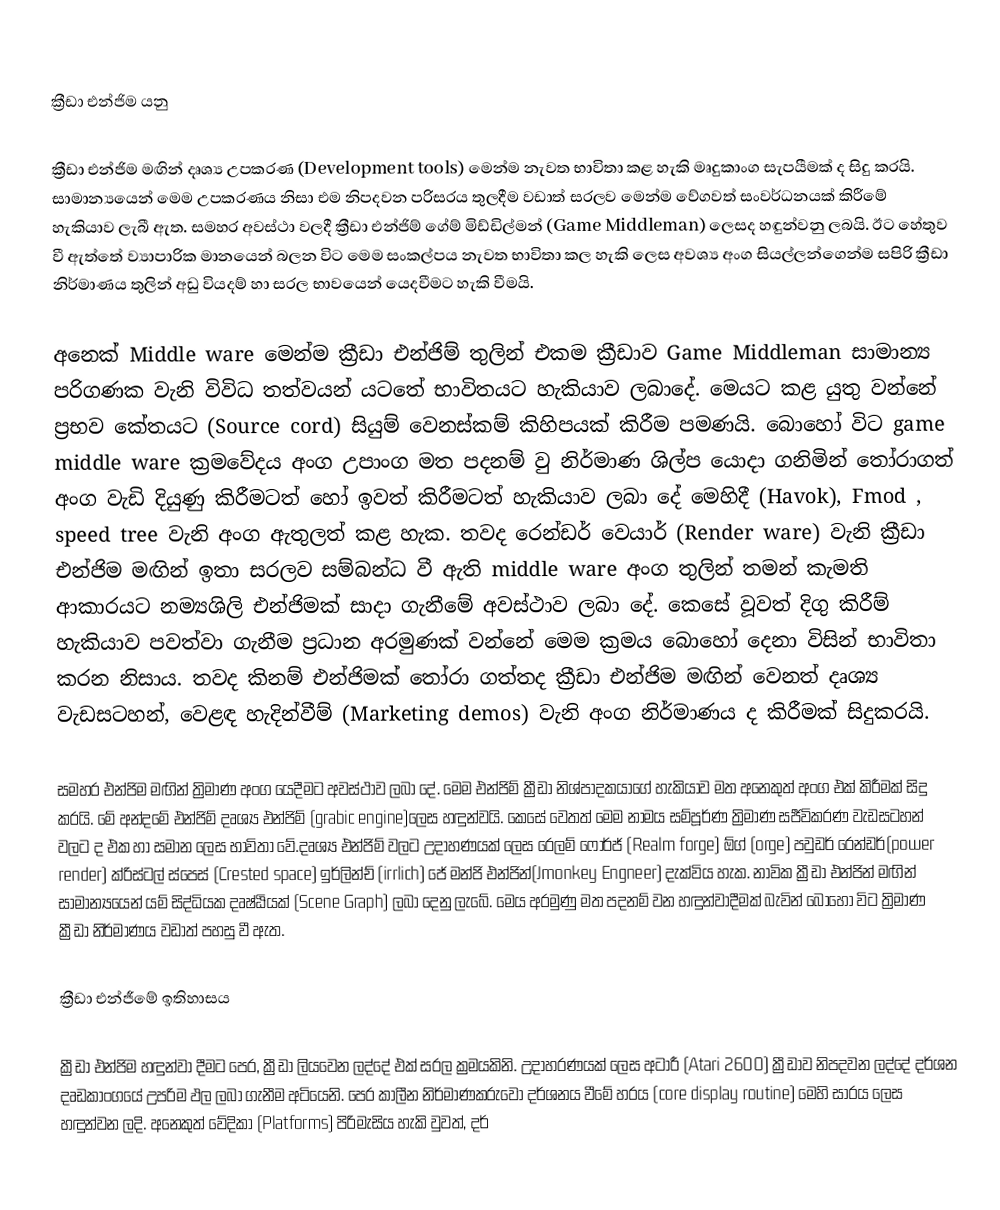

ක්‍රීඩා එන්ජිම යනු

ක්‍රීඩා එන්ජිම මඟින් දෘශ්‍ය උපකරණ (Development tools) මෙන්ම නැවත භාවිතා කළ හැකි මෘදුකාංග සැපයීමක් ද සිදු කරයි. සාමාන්‍යයෙන් මෙම උපකරණය නිසා එම නිපදවන පරිසරය තුලදීම වඩාත් සරලව මෙන්ම වේගවත් සංවර්ධනයක් කිරීමේ හැකියාව ලැබී ඇත. සමහර අවස්ථා වලදී ක්‍රීඩා එන්ජිම් ගේම් මිඩ්ඩිල්මන් (Game Middleman) ලෙසද හඳුන්වනු ලබයි. ඊට හේතුව වී ඇත්තේ ව්‍යාපාරික මානයෙන් බලන විට මෙම සංකල්පය නැවත භාවිතා කල හැකි ලෙස අවශ්‍ය අංග සියල්ලන්ගෙන්ම සපිරි ක්‍රීඩා නිර්මාණය තුලින් අඩු වියදම් හා සරල භාවයෙන් යෙදවීමට හැකි වීමයි.

අනෙක් Middle ware මෙන්ම ක්‍රීඩා එන්ජිම් තුලින් එකම ක්‍රීඩාව  Game Middleman සාමාන්‍ය පරිගණක වැනි විවිධ තත්වයන් යටතේ භාවිතයට හැකියාව ලබාදේ. මෙයට කළ යුතු වන්නේ ප්‍රභව කේතයට (Source cord) සියුම් වෙනස්කම් කිහිපයක් කිරීම පමණයි. බොහෝ විට  game middle ware ක්‍රමවේදය අංග උපාංග මත පදනම් වු නිර්මාණ ශිල්ප යොදා ගනිමින් තෝරාගත් අංග වැඩි දියුණු කිරීමටත් හෝ ඉවත් කිරීමටත් හැකියාව ලබා දේ මෙහිදී (Havok), Fmod , speed tree වැනි අංග ඇතුලත් කළ හැක. තවද රෙන්ඩර් වෙයාර් (Render ware)  වැනි ක්‍රීඩා එන්ජිම මඟින් ඉතා සරලව සම්බන්ධ වී ඇති middle ware අංග තුලින් තමන් කැමති ආකාරයට නම්‍යශිලි එන්ජිමක් ‍සාදා ගැනීමේ අවස්ථාව ලබා දේ. කෙසේ වූවත් දිගු කිරීම් හැකියාව පවත්වා ගැනීම ප්‍රධාන අරමුණක් වන්නේ මෙම ක්‍රමය බොහෝ දෙනා විසින් භාවිතා කරන නිසාය. තවද කිනම් එන්ජිමක් තෝරා ගත්තද ක්‍රීඩා එන්ජිම මඟින් වෙනත් දෘශ්‍ය වැඩසටහන්, වෙළඳ හැදින්වීම් (Marketing demos)  වැනි අංග නිර්මාණය ද කිරීමක් සිදුකරයි.

සමහර එන්ජිම මඟින් ත්‍රිමාණ අංග යෙදීමට අවස්ථාව ලබා දේ. මෙම එන්ජිම් ක්‍රීඩා නිශ්පාදකයාගේ හැකියාව මත අනෙකුත් අංග එක් කිරීමක් සිදු කරයි. මේ අන්දමේ එන්ජිම් දෘශ්‍ය එන්ජිම් (grabic engine)‍ලෙස හඳුන්වයි. කෙසේ වෙතත් මෙම නාමය සම්පූර්ණ ත්‍රිමාණ සජීවිකරණ වැඩසටහන් වලට ද එක හා සමාන ලෙස භාවිතා වේ.දෘශ්‍ය එන්ජිම් වලට උදාහණයක් ලෙස රෙලම් ෆෝර්ජ් (Realm forge) ඕග් (orge) ‍පවුඩර් රෙන්ඩර්(power render) ක්රිස්ටල් ස්පෙස් (Crested space) ඉර්ලින්ච් (irrlich) ජේ මන්ජි එන්ජින්(Jmonkey Engneer) දැක්විය හැක. නාවික ක්‍රීඩා එන්ජින් මඟින් සාමාන්‍යයෙන් යම් සිද්ධියක දෘෂ්ඨියක් (Scene Graph) ලබා දෙනු ලැබේ. මෙය අරමුණු මත පදනම් වන හඳුන්වාදීමක් බැවින් බොහෝ විට ත්‍රිමාණ ක්‍රීඩා නිර්මාණය වඩාත් පහසු වී  ඇත.

ක්‍රීඩා එන්ජීමේ ඉතිහාසය

ක්‍රීඩා එන්ජිම හඳුන්වා දීමට පෙර, ක්‍රීඩා ලියවෙන ලද්දේ එක් සරල ක්‍රමයකිනි. උදාහරණයක් ලෙස අටාරී  (Atari 2600) ක්‍රීඩාව නිපදවන ලද්දේ දර්ශන දෘඩකාංගයේ උපරිම ඵල ලබා ගැනීම අටියෙනි. පෙර කාලීන නිර්මාණකරුවෝ දර්ශනය වීමේ හරය  (core display routine) මෙහි සාරය ලෙස හඳුන්වන ලදි. අනෙකුත් වේදිකා  (Platforms) පිරිමැසිය හැකි වුවත්, දර්